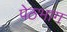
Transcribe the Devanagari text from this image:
पेठभाग